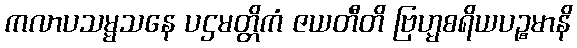
ကလာပသမ္မသနေ ပဌမတ္တိကံ ဇယတီတိ ဗြဟ္မစရိယပဉ္စမာနိ